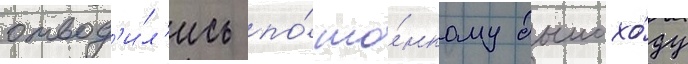
отвод'и́л'ись по́ то́нкому дымохо́ду